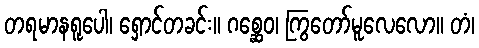
တရမာနရူပေါ၊ ရှောင်တခင်း။ ဂစ္ဆေဝ၊ ကြွတော်မူလေလော။ တံ၊